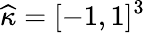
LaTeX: \widehat{\kappa}=[-1,1]^{3}